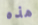
هذه